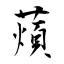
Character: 薠